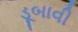
ડૂબાવી